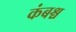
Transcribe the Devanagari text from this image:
कंबश्च